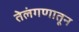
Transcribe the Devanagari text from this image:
तेलंगणातून